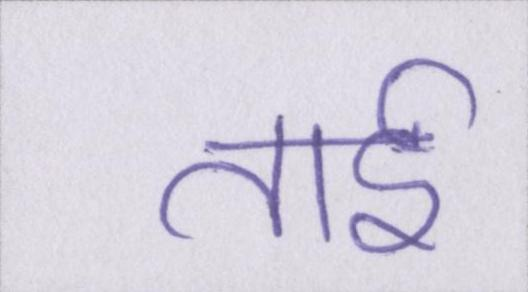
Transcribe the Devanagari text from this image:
ताई